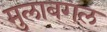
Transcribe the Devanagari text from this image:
मुलाबगल